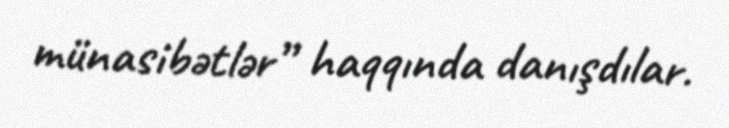
münasibətlər” haqqında danışdılar.